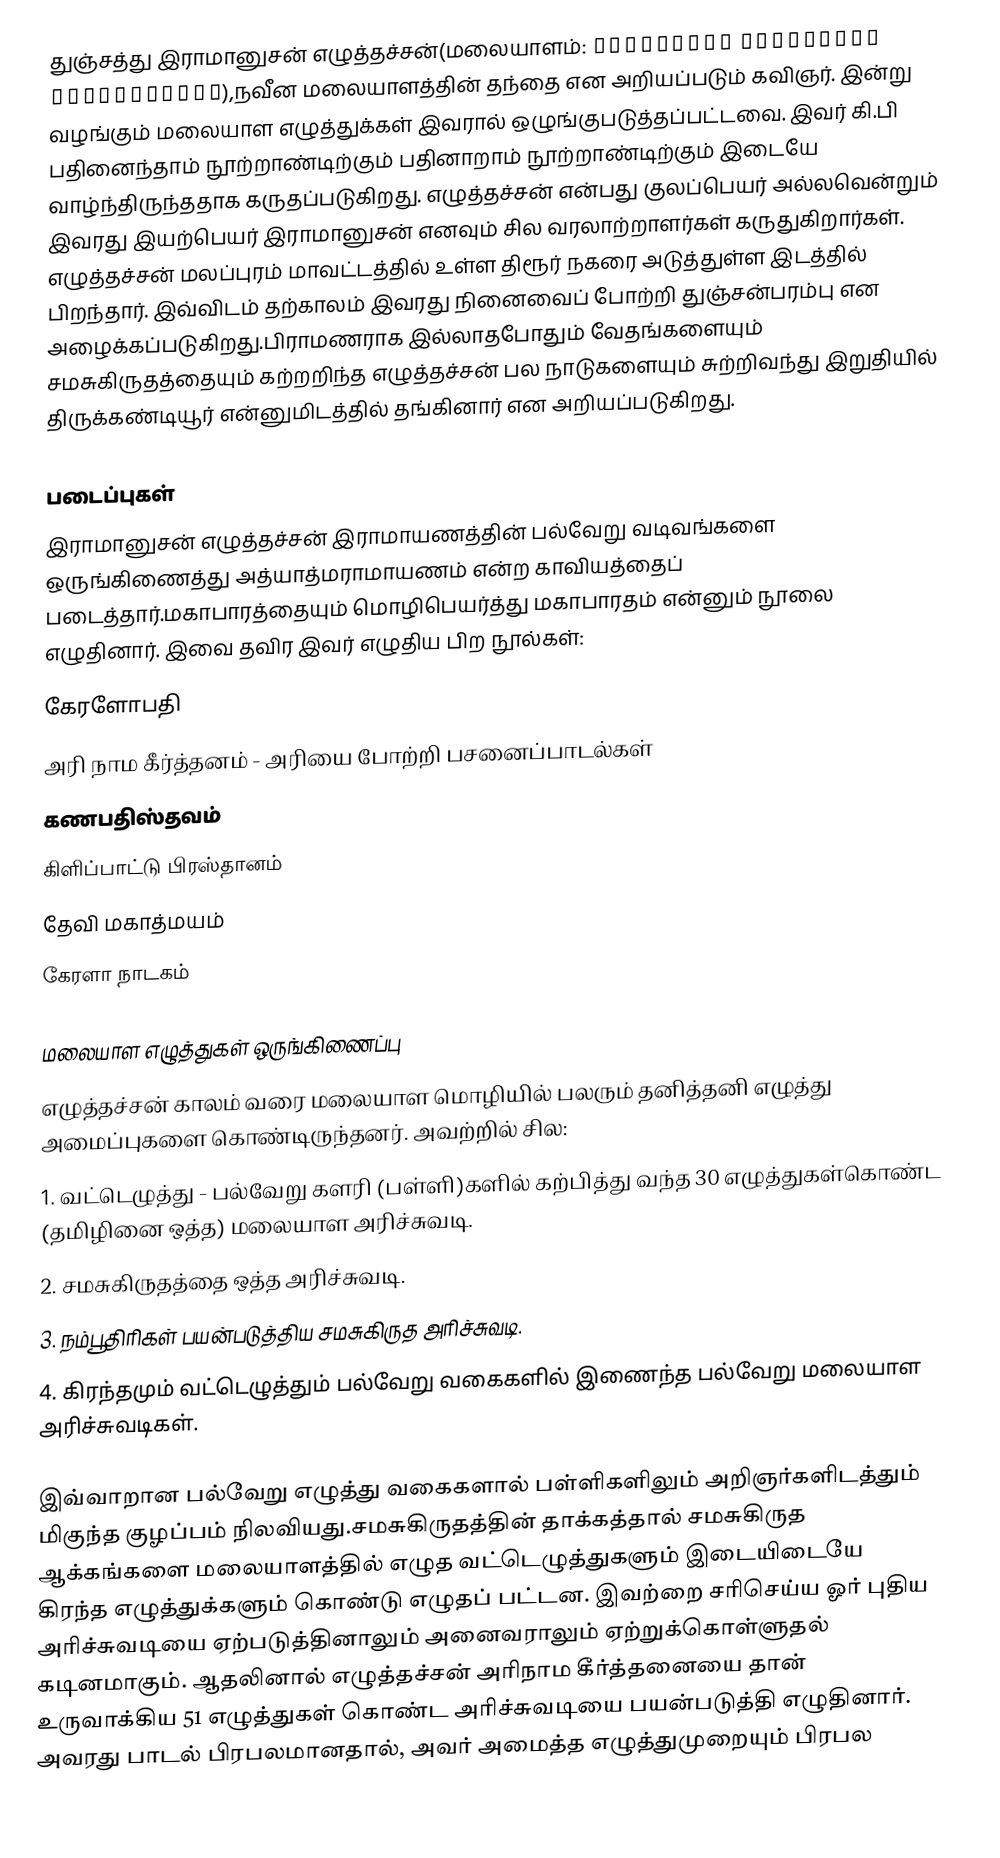
துஞ்சத்து இராமானுசன் எழுத்தச்சன்(மலையாளம்: തുഞ്ചത്തു രാമാനുജന് എഴുത്തച്ഛന്),நவீன மலையாளத்தின் தந்தை என அறியப்படும் கவிஞர். இன்று வழங்கும் மலையாள எழுத்துக்கள் இவரால் ஒழுங்குபடுத்தப்பட்டவை. இவர் கி.பி பதினைந்தாம் நூற்றாண்டிற்கும் பதினாறாம் நூற்றாண்டிற்கும் இடையே வாழ்ந்திருந்ததாக கருதப்படுகிறது. எழுத்தச்சன் என்பது குலப்பெயர் அல்லவென்றும் இவரது இயற்பெயர் இராமானுசன் எனவும் சில வரலாற்றாளர்கள் கருதுகிறார்கள். எழுத்தச்சன் மலப்புரம் மாவட்டத்தில் உள்ள திரூர் நகரை அடுத்துள்ள இடத்தில் பிறந்தார். இவ்விடம் தற்காலம் இவரது நினைவைப் போற்றி துஞ்சன்பரம்பு என அழைக்கப்படுகிறது.பிராமணராக இல்லாதபோதும் வேதங்களையும் சமசுகிருதத்தையும் கற்றறிந்த எழுத்தச்சன் பல நாடுகளையும் சுற்றிவந்து இறுதியில் திருக்கண்டியூர் என்னுமிடத்தில் தங்கினார் என அறியப்படுகிறது.

படைப்புகள்
இராமானுசன் எழுத்தச்சன் இராமாயணத்தின் பல்வேறு வடிவங்களை ஒருங்கிணைத்து அத்யாத்மராமாயணம் என்ற காவியத்தைப் படைத்தார்.மகாபாரத்தையும் மொழிபெயர்த்து மகாபாரதம் என்னும் நூலை எழுதினார். இவை தவிர இவர் எழுதிய பிற நூல்கள்:
 கேரளோபதி
 அரி நாம கீர்த்தனம் - அரியை போற்றி பசனைப்பாடல்கள்
 கணபதிஸ்தவம்
 கிளிப்பாட்டு பிரஸ்தானம்
 தேவி மகாத்மயம்
 கேரளா நாடகம்

மலையாள எழுத்துகள் ஒருங்கிணைப்பு
எழுத்தச்சன் காலம் வரை மலையாள மொழியில் பலரும் தனித்தனி எழுத்து அமைப்புகளை கொண்டிருந்தனர். அவற்றில் சில:
 1. வட்டெழுத்து - பல்வேறு களரி (பள்ளி)களில் கற்பித்து வந்த 30 எழுத்துகள்கொண்ட (தமிழினை ஒத்த) மலையாள அரிச்சுவடி.
 2. சமசுகிருதத்தை ஒத்த அரிச்சுவடி.
 3. நம்பூதிரிகள் பயன்படுத்திய சமசுகிருத அரிச்சுவடி.
 4. கிரந்தமும் வட்டெழுத்தும் பல்வேறு வகைகளில் இணைந்த பல்வேறு மலையாள அரிச்சுவடிகள்.

இவ்வாறான பல்வேறு எழுத்து வகைகளால் பள்ளிகளிலும் அறிஞர்களிடத்தும் மிகுந்த குழப்பம் நிலவியது.சமசுகிருதத்தின் தாக்கத்தால் சமசுகிருத ஆக்கங்களை மலையாளத்தில் எழுத வட்டெழுத்துகளும் இடையிடையே கிரந்த எழுத்துக்களும் கொண்டு எழுதப் பட்டன. இவற்றை சரிசெய்ய ஓர் புதிய அரிச்சுவடியை ஏற்படுத்தினாலும் அனைவராலும் ஏற்றுக்கொள்ளுதல் கடினமாகும். ஆதலினால் எழுத்தச்சன் அரிநாம கீர்த்தனையை தான் உருவாக்கிய 51 எழுத்துகள் கொண்ட அரிச்சுவடியை பயன்படுத்தி எழுதினார். அவரது பாடல் பிரபலமானதால், அவர் அமைத்த எழுத்துமுறையும் பிரபல